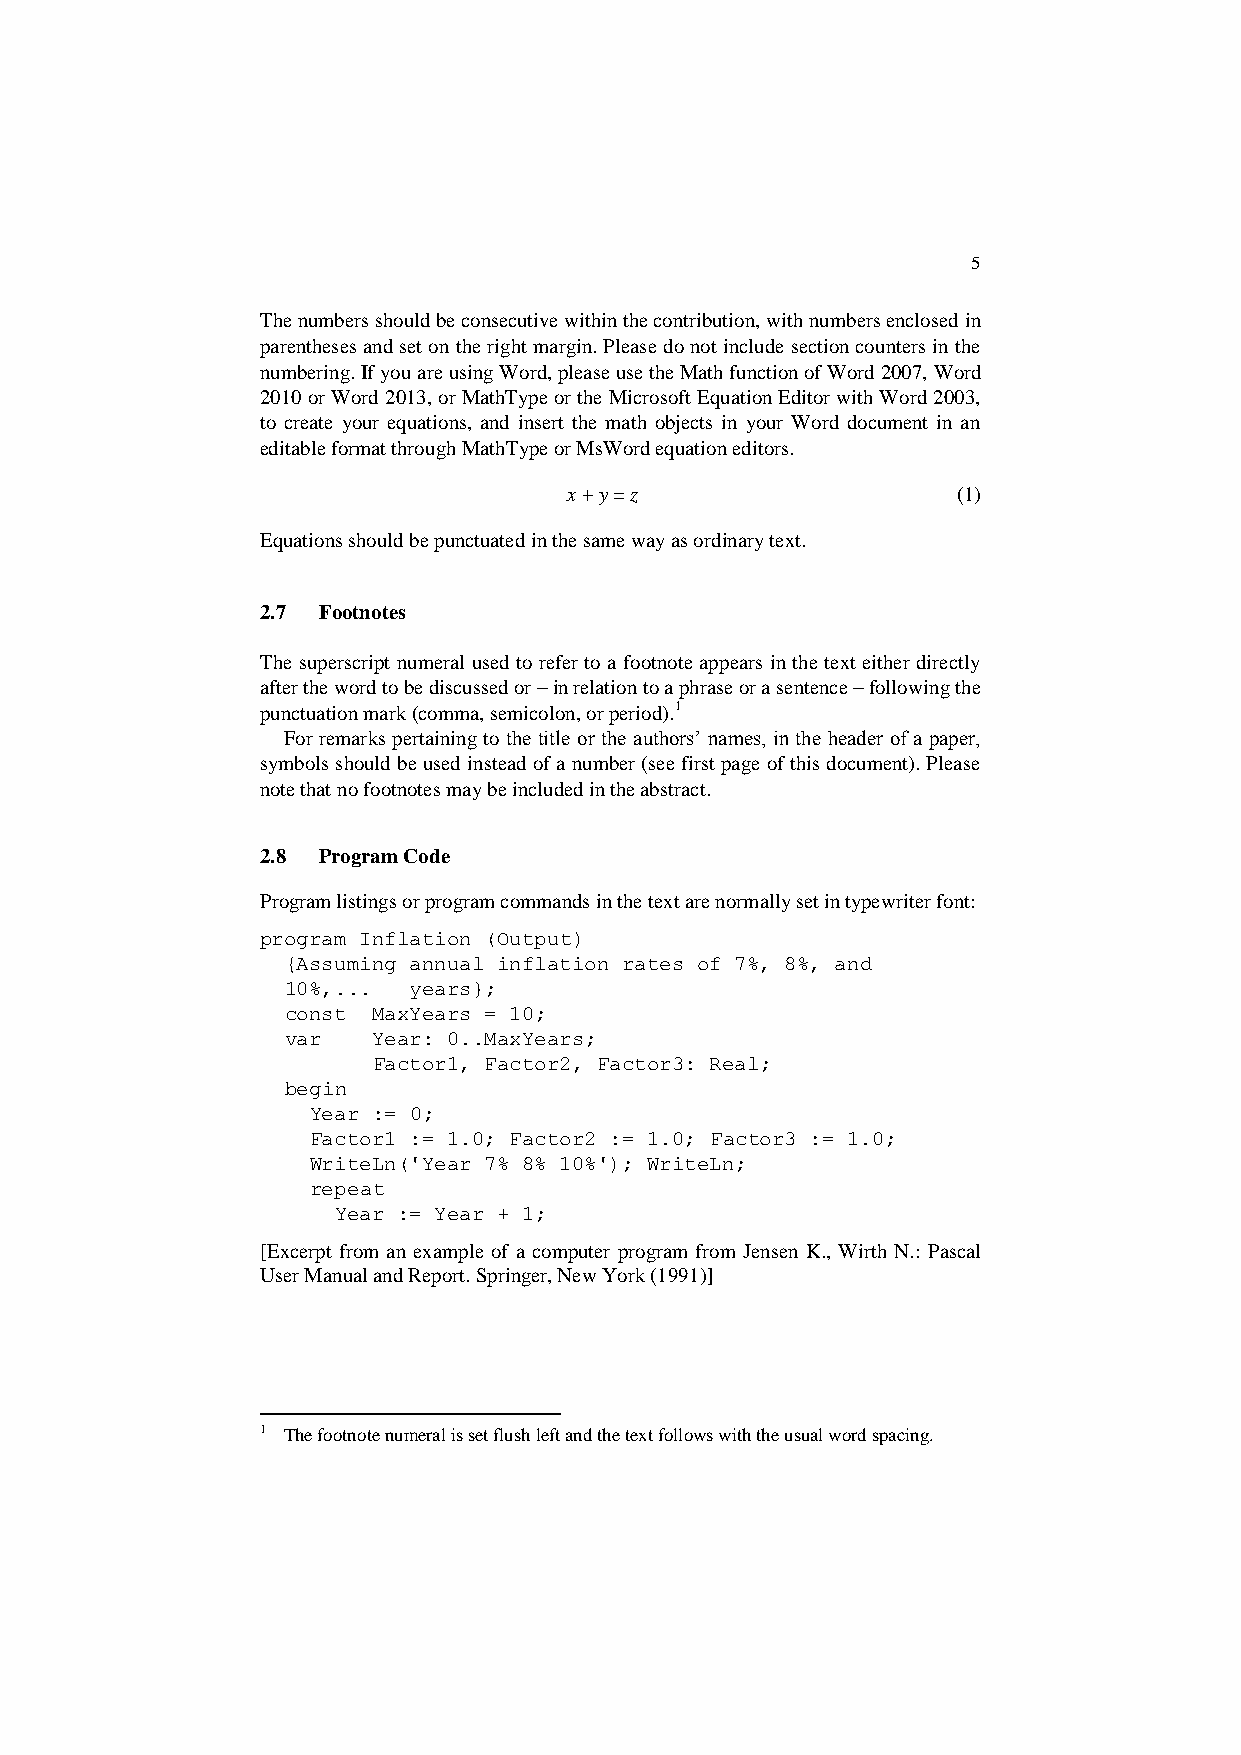
5
 The numbers should be consecutive within the contribution, with numbers enclosed in
 parentheses and set on the right margin. Please do not include section counters in the
 numbering. If you are using Word, please use the Math function of Word 2007, Word
 2010 or Word 2013, or MathType or the Microsoft Equation Editor with Word 2003,
 to create your equations, and insert the math objects in your Word document in an
 editable format through MathType or MsWord equation editors.
 x + y = z                (1)
 Equations should be punctuated in the same way as ordinary text.
 2.7 Footnotes
 The superscript numeral used to refer to a footnote appears in the text either directly
 after the word to be discussed or – in relation to a phrase or a sentence – following the
 punctuation mark (comma, semicolon, or period).1
 For remarks pertaining to the title or the authors’ names, in the header of a paper,
 symbols should be used instead of a number (see first page of this document). Please
 note that no footnotes may be included in the abstract.
 2.8 Program Code
 Program listings or program commands in the text are normally set in typewriter font:
 program Inflation (Output)
 {Assuming annual inflation rates of 7%, 8%, and
 10%,... years};
 const MaxYears = 10;
 var   Year: 0..MaxYears;
 Factor1, Factor2, Factor3: Real;
 begin
 Year := 0;
 Factor1 := 1.0; Factor2 := 1.0; Factor3 := 1.0;
 WriteLn('Year 7% 8% 10%'); WriteLn;
 repeat
 Year := Year + 1;
 [Excerpt from an example of a computer program from Jensen K., Wirth N.: Pascal
 User Manual and Report. Springer, New York (1991)]
 1 The footnote numeral is set flush left and the text follows with the usual word spacing.